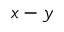
x - y